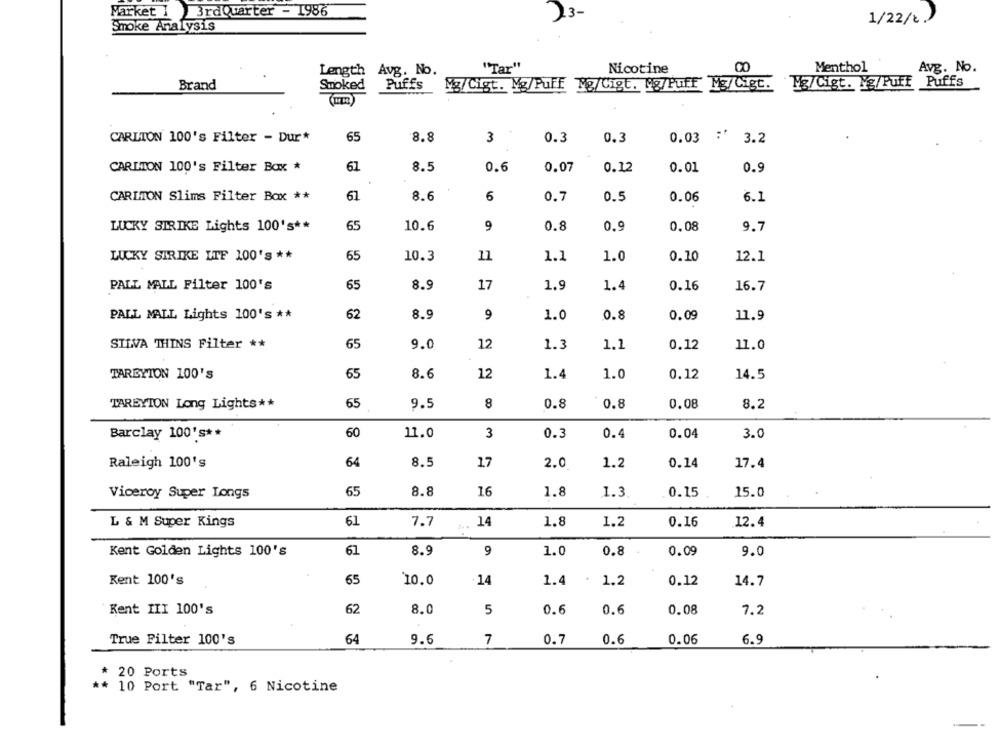
Market I 3rdQuarter - 1986
3-
1/22/2)
Smoke Analysis
"Tar"
Avg. No.
Length
Avg. No.
Nicotine
Menthol
M3/Cigt. Ng/Puff Puffs
Brand
Smoked
Puffs
Ng/Cigt. Mg/Puff Mg/Cigt, No/Puff" Mg/ Cigt.
CARLTON 100's Filter - Dur*
65
8.8
3
0.3
0.3
0.03 :' 3.2
CARIMON 100's Filter Box *
61
8.5
0.6
0.07
0.12
0.01
0.9
8.6
CARLTON Slims Filter Box **
61
6
0.7
0.5
0.06
6.1
LUCKY STRIKE Lights 100's **
65
10.6
9
0.8
0.9
0,08
9.7
LUCKY STRIKE LTF 100's **
65
10.3
11
1.1
1.0
0.10
12.1
PALL MALL Filter 100's
65
8.9
17
16.7
1.9
1.4
0.16
PALL MALL Lights 100's **
62
8.9
9
1.0
0.09
0.8
11.9
SILVA THINS Filter **
65
9.0
12
1.3
1.1
0.12
11.0
TARBYTON 100'S
65
8.6
12
1.
1.0
0.12
14.5
TAREYION Long Lights **
65
9.5
8
0.8
0.8
0.08
8.2
Barclay 100's **
60
11.0
3
0.3
0.4
0.04
3.0
Raleigh 100's
64
8.5
17
2.0
1.2
0.14
17.4
Viceroy Super Longs
65
8.8
16
1.8
1.3
0.15
15.0
L & M Super Kings
61
7.7
14
1.8
1.2
0.16
12.4
Kent Golden Lights 100's
61
8.9
9
1.0
0.8
0.09
9.0
Kent 100's
65
10.0
14
1.4
1.2
0.12
14.7
Kent III 100's
62
8.0
5
0.6
0.6
0.08
7.2
True Filter 100's
64
9.6
7
0.7
0.6
0.06
6.9
* 20 Ports
** 10 Port "Tar", 6 Nicotine